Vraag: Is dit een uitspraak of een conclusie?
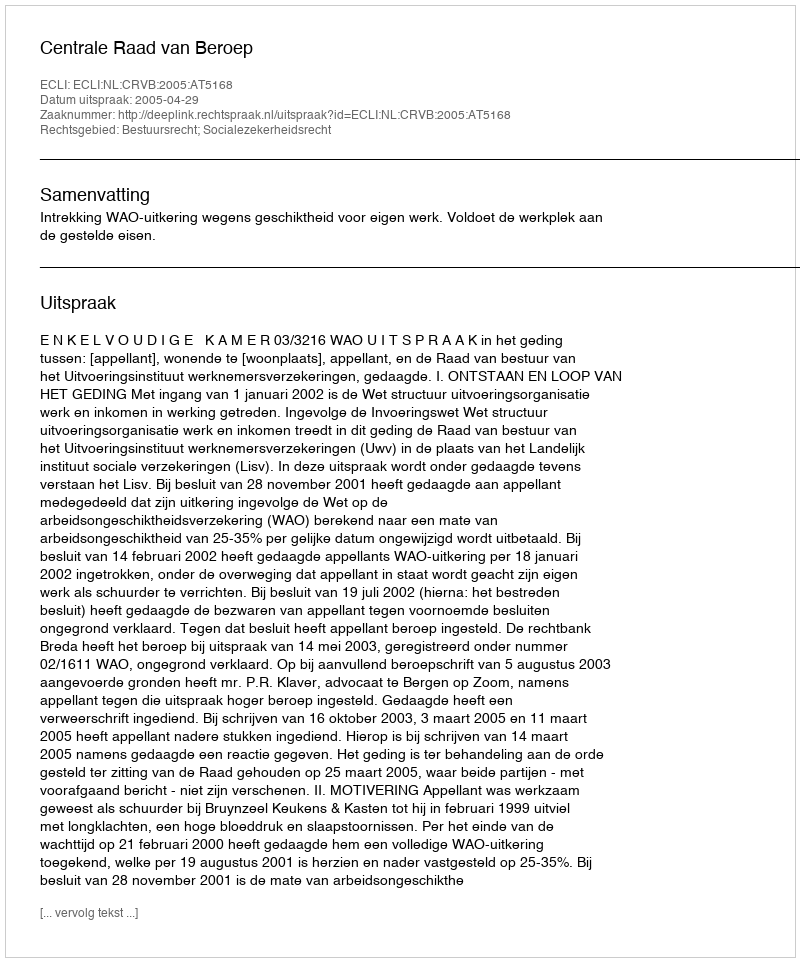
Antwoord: Uitspraak